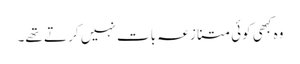
وہ کبھی کوئی متنازعہ بات نہیں کر تے تھے۔